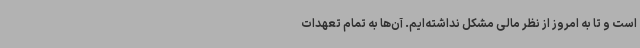
است و تا به امروز از نظر مالی مشکل نداشته‌ایم. آن‌ها به تمام تعهدات